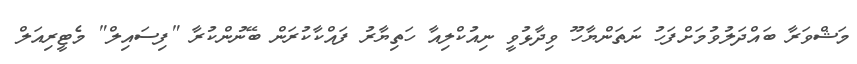
މަޝްވަރާ ބައްދަލުވުމަށްފަހު ނަތަންޔާހޫ ވިދާޅުވީ ނިއުކްލިއާ ހަތިޔާރު ފައްކާކުރަން ބޭނުންކުރާ "ފިސައިލް" މެޓީރިއަލް